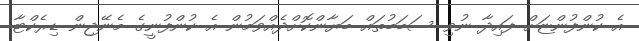
އެ ކުންފުންޏަށް ފައިދާ ނުވި ސަބަބުތައް ބަޔާންކޮށްދެއްވަމުން އެ ކުންފުނީގެ މެނޭޖިން ޑިރެކްޓާ